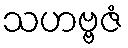
သဟဗ္ဗဇံ